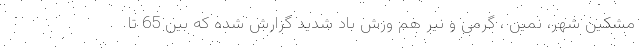
مشکین شهر، نمین ، گرمی و نیر هم وزش باد شدید گزارش شده که بین 65 تا